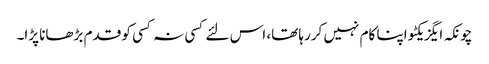
چونکہ ایگزیکٹو اپنا کام نہیں کررہا تھا، اس لئے کسی نہ کسی کو قدم بڑھانا پڑا۔